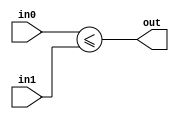
module comparator_lower_equal(
    input [29:0] in0,
    input [29:0] in1,
    output out
    );
    
    assign out = in0 <= in1;
    
endmodule